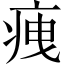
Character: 𤵺